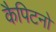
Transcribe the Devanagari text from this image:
कैपिटनो